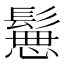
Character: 𩮪